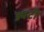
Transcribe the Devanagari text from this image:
ड्यटी